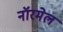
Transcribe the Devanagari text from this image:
नॉरमेल